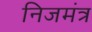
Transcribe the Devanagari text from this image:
निजमंत्र